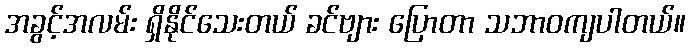
အခွင့်အလမ်း ရှိနိုင်သေးတယ် ခင်ဗျား ပြောတာ သဘာဝကျပါတယ်။